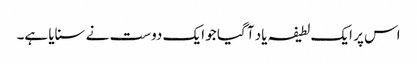
اس پر ایک لطیفہ یاد آ گیا جو ایک دوست نے سنایا ہے۔